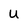
Character: u